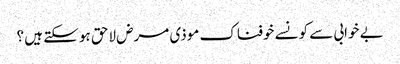
بے خوابی سے کونسے خوفناک موذی مرض لاحق ہو سکتے ہیں ؟